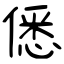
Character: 僁